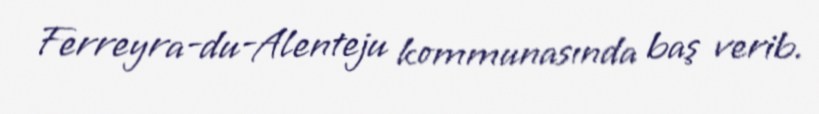
Ferreyra-du-Alenteju kommunasında baş verib.